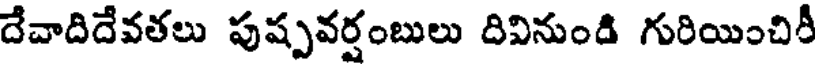
దేవాదిదేవతలు పుష్పవర్షంబులు దివినుండి గురియించిరీ